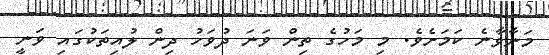
މަނާވާނެ ކަމަށެވެ. މި މަހުގެ ތިން ވަނަ ދުވަހު ދިން ލުއިތަކުގައި ވަނީ